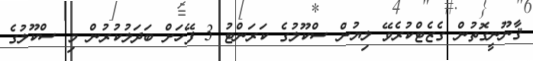
ޤާނޫނީގޮތުން ގެޒެޓްކުރެވޭ ލިޔުން ސްކޫލުގެ ކަރަންޓު 3 ފޭހަށް ބަދަލުކުރުން މި ސްކޫލުގެ